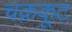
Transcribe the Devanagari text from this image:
चक्रकूट